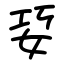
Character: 㚽